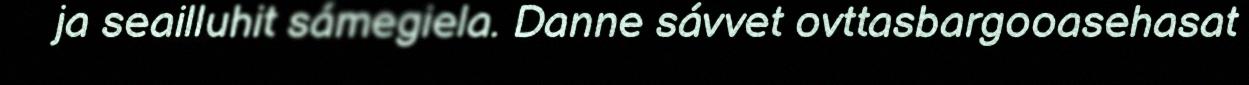
ja seailluhit sámegiela. Danne sávvet ovttasbargooasehasat